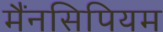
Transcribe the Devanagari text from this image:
मैंनसिपियम